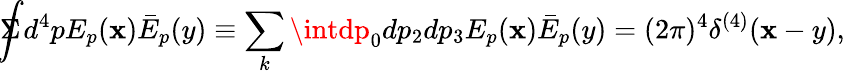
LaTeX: \Sigma\! \! \! \! \! \displaystyle{\int}d^{4}pE_{p}(\mathbf{x})\bar{{E}}_{p}(y)\equiv\sum_{k}\intdp_{0}dp_{2}dp_{3}E_{p}(\mathbf{x})\bar{{E}}_{p}(y)=(2\pi)^{4}\delta^{(4)}(\mathbf{x}-y),